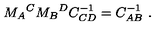
M _ { A } { } ^ { C } M _ { B } { } ^ { D } C _ { C D } ^ { - 1 } = C _ { A B } ^ { - 1 } \ .